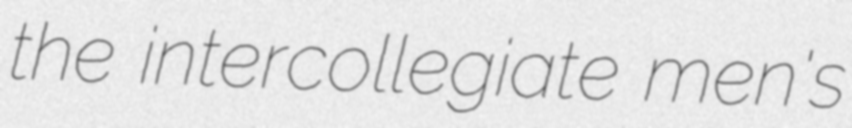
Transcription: the intercollegiate men's